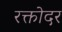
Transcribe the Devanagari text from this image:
रक्तोदर